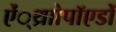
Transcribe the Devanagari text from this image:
ऐं्थ्राोपॉएडों